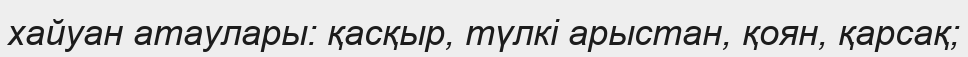
хайуан атаулары: қасқыр, түлкі арыстан, қоян, қарсақ;